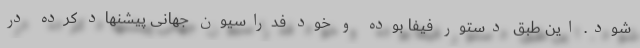
شود. این طبق دستور فیفا بوده و خود فدراسیون جهانی پیشنهاد کرده در